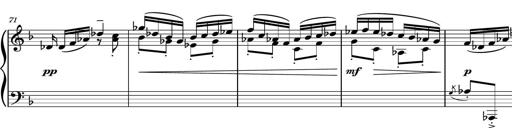
Title: Piano Sonatina No.1
Composer: Dimitri Sykias
Key: D minor